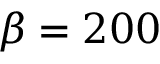
\beta = 2 0 0